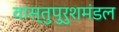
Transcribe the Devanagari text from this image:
वास्तुपुरुशमंडल